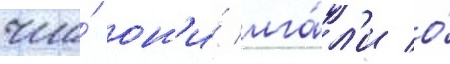
что́ он'и́ лга́л'и о́